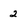
Character: 2